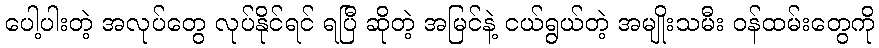
ပေါ့ပါးတဲ့ အလုပ်တွေ လုပ်နိုင်ရင် ရပြီ ဆိုတဲ့ အမြင်နဲ့ ငယ်ရွယ်တဲ့ အမျိုးသမီး ဝန်ထမ်းတွေကို